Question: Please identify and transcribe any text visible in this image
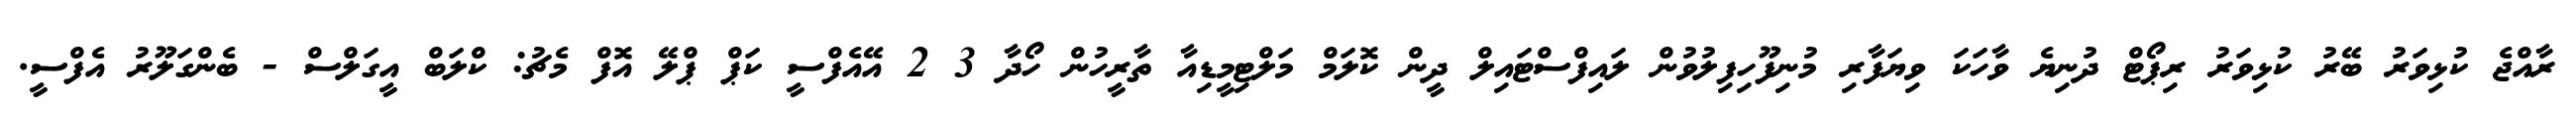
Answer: ރާއްޖެ ކުޅިވަރު ބޭރު ކުޅިވަރު ރިޕޯޓް ދުނިޔެ ވާހަކަ ވިޔަފާރި މުނިފޫހިފިލުވުން ލައިފްސްޓައިލް ދީން ކޮލަމް މަލްޓިމީޑިއާ ތާރީހުން ހޯދާ 3 2 އޭއެފްސީ ކަޕް ޕްލޭ އޮފް މެޗު: ކްލަބް އީގަލްސް - ބެންގަލޫރު އެފްސީ.